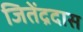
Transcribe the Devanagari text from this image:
जितेंद्रदास